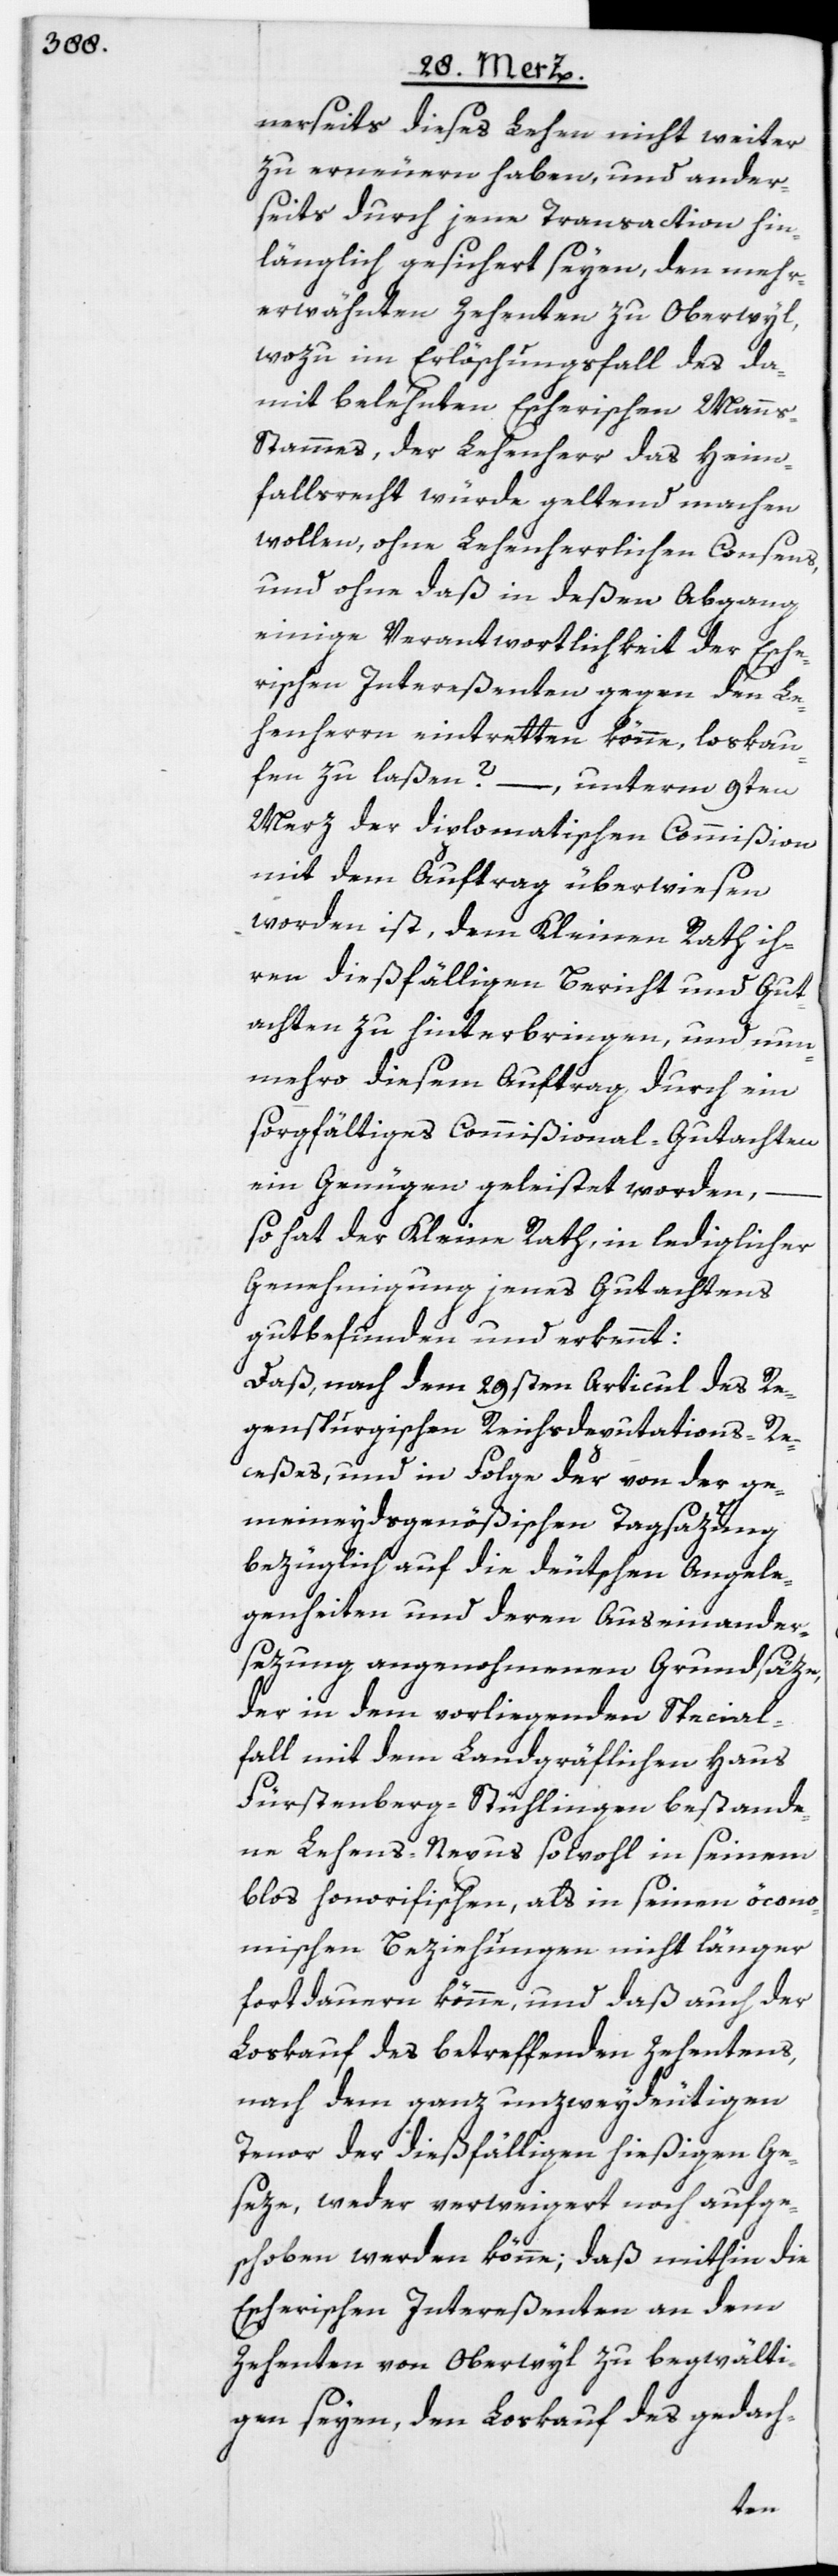
nerseits dieses Lehen nicht weiter
zu erneuern haben, und ander¬
seits durch jene Transaction hin¬
länglich gesichert seyen, den mehr¬
erwähnten Zehenten zu Oberwyl,
wozu im Erlöschungsfall des da¬
mit belehnten Escherischen Mann¬
s-Stammes, der Lehenherr das Heim¬
fallsrecht würde geltend machen
wollen, ohne Lehenherrlichen Consens,
und ohne daß in deßen Abgang
einige Verantwortlichkeit der Esche¬
rischen Intereßenten gegen den Le¬
henherrn eintretten könne, loskau¬
fen zu laßen? –, unterm 9ten
Merz der diplomatischen Commißion
mit dem Auftrag überwiesen
worden ist, dem Kleinen Rath ih¬
ren dießfälligen Bericht und Gut¬
achten zu hinterbringen, und nun¬
mehro diesem Auftrag durch sein
sorgfältiges Commißional-Gutachten
ein Genügen geleistet worden,
so hat der Kleine Rath, in lediglicher
Genehmigung jenes Gutachtens
gutbefunden und erkennt:
Daß, nach dem 29sten Articul des Re¬
genspurgischen Reichsdeputations-Re¬
ceßes, und in Folge der von der ge¬
meineydsgenößischen Tagsazung
bezüglich auf die deutschen Angele¬
genheiten und deren Auseinander¬
sezung angenohmenen Grundsäze,
der in dem vorliegenden Special¬
fall mit dem Landgräflichen Haus
Fürstenberg-Stühlingen bestande¬
ne Lehens-Nexus sowohl in seinem
blos honorifischen, als in seinen öcono¬
mischen Beziehungen nicht länger
fortdauern könne, und daß auch der
Loskauf des betreffenden Zehentens,
nach dem ganz unzweydeutigen
Tenor der dießfälligen hießigen Ge¬
seze, weder verweigert noch aufge¬
schoben werden könne; daß mithin die
Escherischen Intereßenten an dem
Zehenten von Oberwyl zu begwälti¬
gen seyen, den Loskauf des gedach-